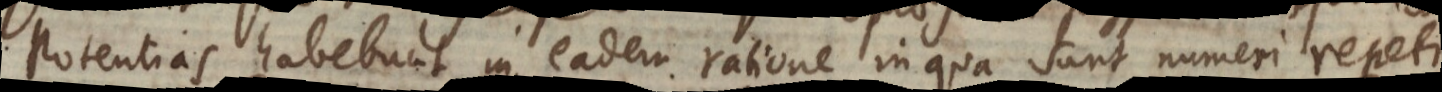
potentias habebunt in eadem ratione in qua sunt numeri repetitionum.